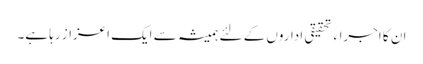
ان کا اجراء تحقیقی اداروں کے لئے ہمیشہ سے ایک اعزاز رہا ہے۔